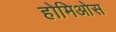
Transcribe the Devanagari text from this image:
होमिओस